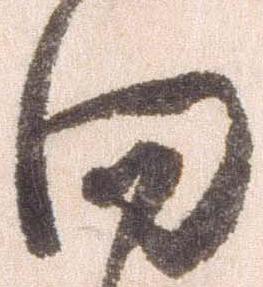
向